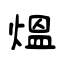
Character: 熅